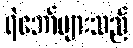
ရဲဘော်များသည်